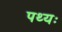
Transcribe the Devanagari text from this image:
पथ्यः